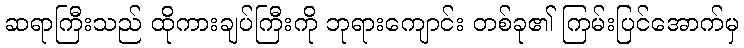
ဆရာကြီးသည် ထိုကားချပ်ကြီးကို ဘုရားကျောင်း တစ်ခု၏ ကြမ်းပြင်အောက်မှ